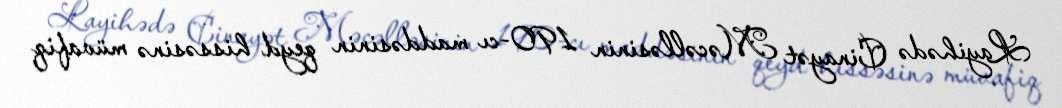
Layihədə Cinayət Məcəlləsinin 190-cı maddəsinin qeyd hissəsinə müvafiq